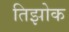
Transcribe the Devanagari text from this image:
तिझोक